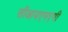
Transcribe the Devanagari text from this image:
सीआयएमएपी